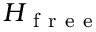
H _ { \mathrm { ~ f ~ r ~ e ~ e ~ } }